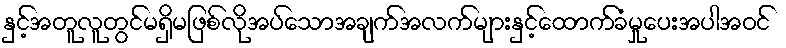
နှင့်အတူလူတွင်မရှိမဖြစ်လိုအပ်သောအချက်အလက်များနှင့်ထောက်ခံမှုပေးအပါအဝင်